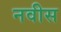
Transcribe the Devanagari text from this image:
नवीस